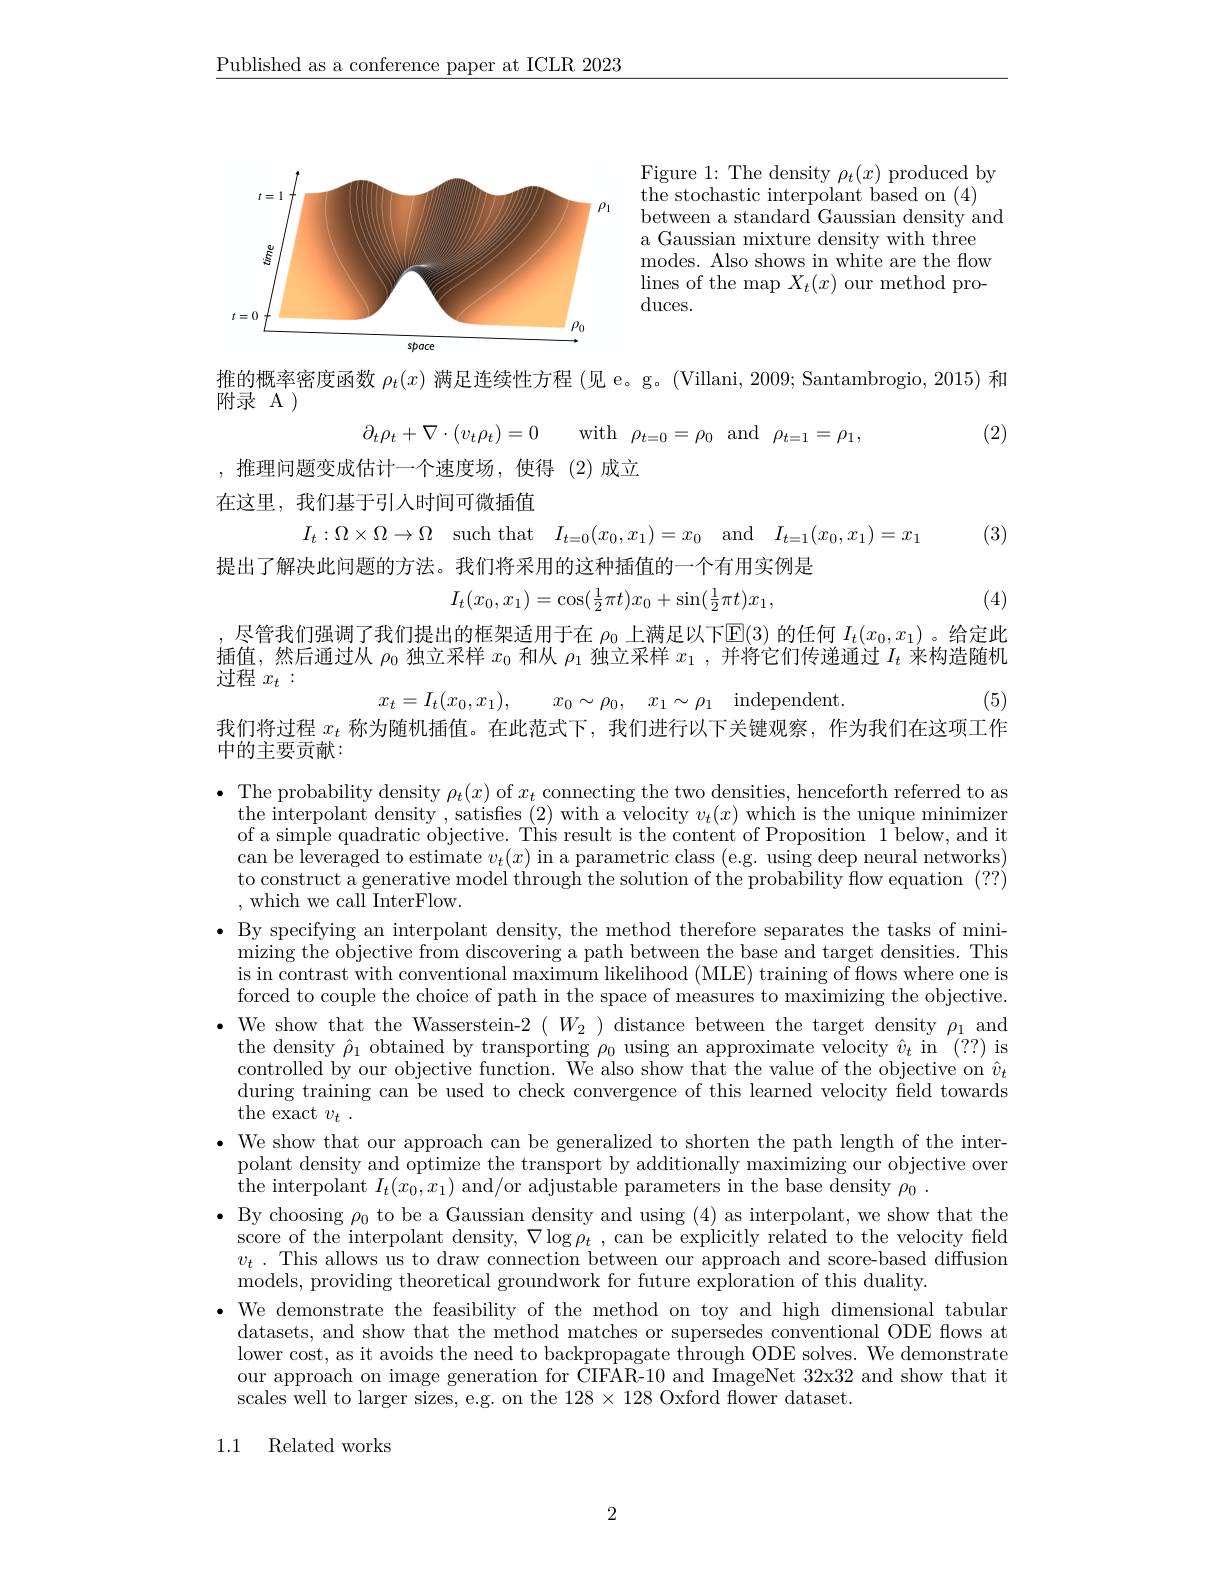
$\underline{\text{Published as a conference paper at ICLR 2023}}$

Figure 1: The density $\rho_t(x)$ produced by the stochastic interpolant based on ( 4) between a standard Gaussian density and
a Gaussian mixture density with three modes. Also shows in white are the flow lines of the map $X_t(x)$ our method pro- $\operatorname{duces.}$

<FigureHere>

推的概率密度函数$\rho_t(x)$满足连续性方程 (见 e。g。(Villani, 2009; Santambrogio, 2015) 和

附录 A )

(2)
$$\partial_t\rho_t+\nabla\cdot(v_t\rho_t)=0\quad\mathrm{with}\quad\rho_{t=0}=\rho_0\quad\mathrm{and}\quad\rho_{t=1}=\rho_1,$$
,推理问题变成估计一个速度场，使得(2)成立

在这里，我们基于引入时间可微插值
$$I_{t}:\Omega\times\Omega\to\Omega\quad\mathrm{such~that}\quad I_{t=0}(x_{0},x_{1})=x_{0}\quad\mathrm{and}\quad I_{t=1}(x_{0},x_{1})=x_{1}$$
(3)

提出了解决此问题的方法。我们将采用的这种插值的一个有用实例是
$$I_t(x_0,x_1)=\cos(\frac{1}{2}\pi t)x_0+\sin(\frac{1}{2}\pi t)x_1,$$
(4)

尽管我们强调了我们提出的框架适用于在$\rho_0$上满足以下E(3)的任何$I_t(x_0,x_1)$ 。给定此插值，然后通过从$\rho_0$独立采样$x_0$和从$\rho_1$独立采样$x_1$ ,并将它们传递通过$I_t$来构造随机过程$x_t:$
$$x_{t}=I_{t}(x_{0},x_{1}),\quad x_{0}\sim\rho_{0},\quad x_{1}\sim\rho_{1}\quad\mathrm{independent.}$$
(5)

我们将过程$x_t$称为随机插值。在此范式下，我们进行以下关键观察，作为我们在这项工作
中的主要贡献：

$\bullet$ The probability density $\rho_t(x)$ of $x_t$ connecting the two densities, henceforth referred to as
the interpolant density , satisfies (2) with a velocity $v_t(x)$ which is the unique minimizer of a simple quadratic objective. This result is the content of Proposition 1 below, and it can be leveraged to estimate $v_t(x)$ in a parametric class (e.g. using deep neural networks) to construct a generative model through the solution of the probability flow equation (??) ,which we call InterFlow.
$\bullet$ By specifying an interpolant density, the method therefore separates the tasks of mini-
mizing the objective from discovering a path between the base and target densities. This is in contrast with conventional maximum likelihood (MLE) training of flows where one is forced to couple the choice of path in the space of measures to maximizing the objective. $\bullet$ We show that the Wasserstein-2$(W_{2})$ distance between the target density $\rho_1$ and the density $\hat{\rho}_1$ obtained by transporting $\rho_0$ using an approximate velocity $\hat{v}_t$ in (??) is controlled by our objective function. We also show that the value of the objective on $\hat{v}_t$ during training can be used to check convergence of this learned velocity field towards the exact $v_t$ .
$\bullet$ We show that our approach can be generalized to shorten the path length of the inter-
polant density and optimize the transport by additionally maximizing our objective over
the interpolant $I_t(x_0,x_1)$ and/or adjustable parameters in the base density $\rho _0$ .
$\bullet$ By choosing $\rho_0$ to be a Gaussian density and using (4) as interpolant, we show that the $\begin{array}{ll}\text{score of the interpolant density, }\nabla\log\rho_{t}\:,\:\mathrm{can~be~explicitly~related~to~the~velocity~field}\\v_{t}\:.\:\mathrm{This~allows~us~to~draw~connection~between~our~approach~and~score-based~diffusion}\end{array}$ models, providing theoretical groundwork for future exploration of this duality.
· We demonstrate the feasibility of the method on toy and high dimensional tabular datasets, and show that the method matches or supersedes conventional ODE flows at lower cost, as it avoids the need to backpropagate through ODE solves. We demonstrate our approach on image generation for CIFAR-10 and ImageNet 32x32 and show that it scales well to larger sizes, e.g. on the $128\times128$ Oxford flower dataset

1.1 Related works

2